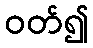
ဝတ်၍